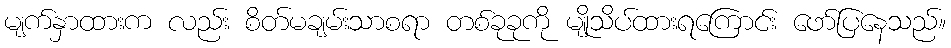
မျက်နှာထားက လည်း စိတ်မချမ်းသာစရာ တစ်ခုခုကို မျိုသိပ်ထားရကြောင်း ဖော်ပြနေသည်။